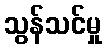
သွန်သင်မှု